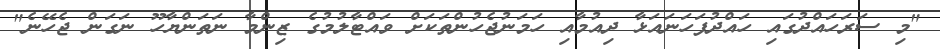
"މި ސަރަހައްދުގައި ހައްދުފަހަނައަޅާ ދިއުމާއި ހަމަނުޖެހުންތަކަށް ވައްޓާލުމުގެ ޒިންމާ ނަތަންޔާހޫ ނަގަން ޖެހޭނެ"